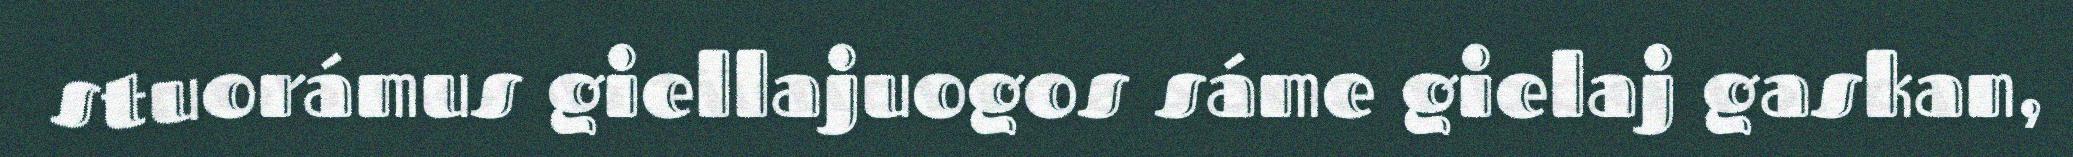
stuorámus giellajuogos sáme gielaj gaskan,